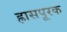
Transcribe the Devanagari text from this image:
ह्रासपूरक